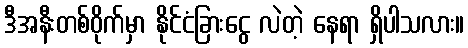
ဒီအနီးတစ်ဝိုက်မှာ နိုင်ငံခြားငွေ လဲတဲ့ နေရာ ရှိပါသလား။